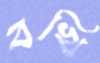
বখি